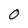
Character: 0